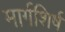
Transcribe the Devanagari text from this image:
मार्गशिर्ष